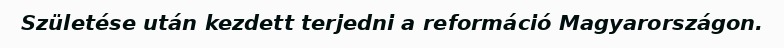
Születése után kezdett terjedni a reformáció Magyarországon.